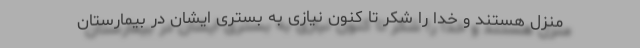
منزل هستند و خدا را شکر تا کنون نیازی به بستری ایشان در بیمارستان